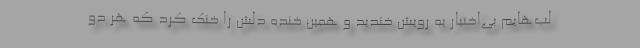
لب‌هایم بی‌اختیار به رویش خندید و همین خنده دلش را خنک کرد که هر دو